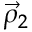
\vec { \rho } _ { 2 }